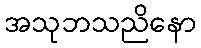
အသုဘသညိနော